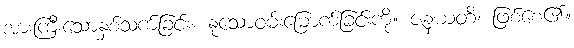
အားကြီးသောနှစ်သက်ခြင်း။ နုသောဝမ်းမြောက်ခြင်းကို။ ဇနယတိ၊ ဖြစ်စေ၏။